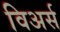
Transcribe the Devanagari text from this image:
विअर्स